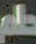
حلم